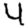
Digit: 4